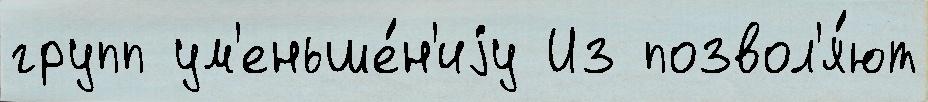
групп ум'еньше́н'иjу Из позвол'я́ют